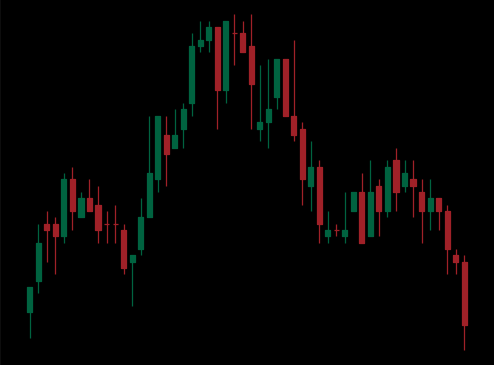
Pattern: head_shoulders